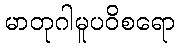
မာတုဂါမူပဝိစရော